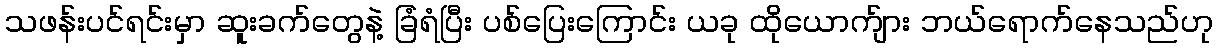
သဖန်းပင်ရင်းမှာ ဆူးခက်တွေနဲ့ ခြံရံပြီး ပစ်ပြေးကြောင်း ယခု ထိုယောက်ျား ဘယ်ရောက်နေသည်ဟု